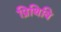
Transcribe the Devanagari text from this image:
प्रिथिवि